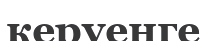
керуенге